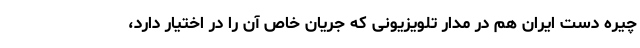
چیره دست ایران هم در مدار تلویزیونی که جریان خاص آن را در اختیار دارد،